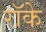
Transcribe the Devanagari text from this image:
रॉके